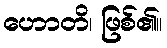
ဟောတိ၊ ဖြစ်၏။